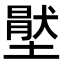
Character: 𡑅